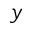
y